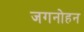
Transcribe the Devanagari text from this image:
जगनोहन